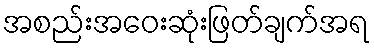
အစည်းအဝေးဆုံးဖြတ်ချက်အရ